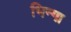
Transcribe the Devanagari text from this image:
भिन्गा